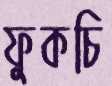
ফুকচি